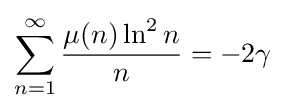
\sum \limits _{n=1}^{\infty }{\frac {\mu (n)\ln ^{2}n}{n}}=-2\gamma